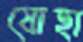
যোহা